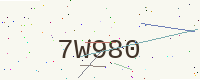
Text: 7W980